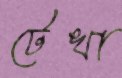
টেখা